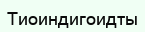
Тиоиндигоидты